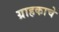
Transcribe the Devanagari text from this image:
ग्राहकाचे